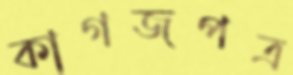
কাগজপত্র